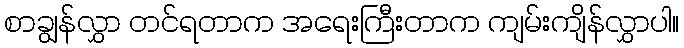
စာချွန်လွှာ တင်ရတာက အရေးကြီးတာက ကျမ်းကျိန်လွှာပါ။